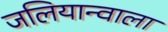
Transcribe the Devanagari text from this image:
जलियान्वाला